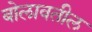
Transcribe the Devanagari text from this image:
बोलावतील